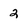
Character: 2